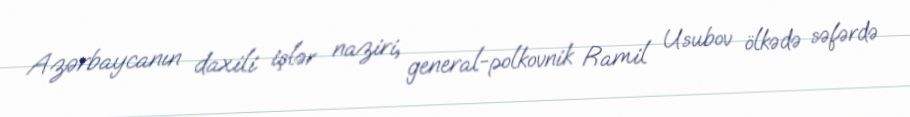
Azərbaycanın daxili işlər naziri, general-polkovnik Ramil Usubov ölkədə səfərdə